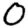
Digit: 0